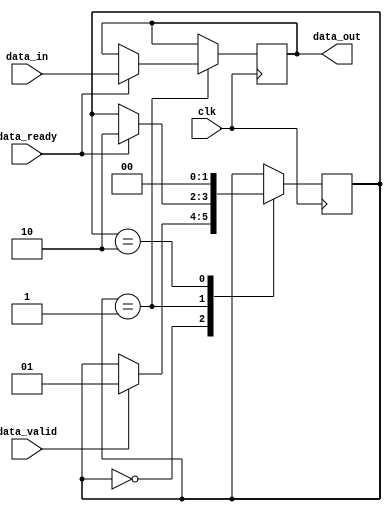
module timing_control_sync_block (
    input wire clk,
    input wire data_valid,
    input wire data_ready,
    input wire [7:0] data_in,
    output reg [7:0] data_out
);

reg [1:0] state;

always @(posedge clk) begin
    case (state)
        2'b00: begin // Default state
            if (data_valid) begin
                state <= 2'b01; // Wait for data to be ready
            end
        end
        2'b01: begin // Wait for data to be ready
            if (data_ready) begin
                state <= 2'b10; // Transfer data
                data_out <= data_in;
            end
        end
        2'b10: begin // Transfer data
            state <= 2'b00; // Return to default state
        end
    endcase
end

endmodule